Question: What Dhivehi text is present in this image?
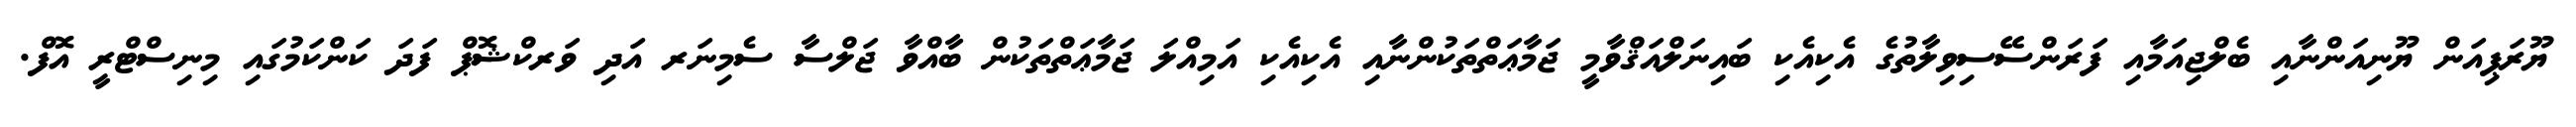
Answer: ޔޫރަޕިއަން ޔޫނިއަންނާއި ބެލްޖިއަމާއި ފަރަންސޭސިވިލާތުގެ އެކިއެކި ބައިނަލްއަޤްވާމީ ޖަމާޢަތްތަކުންނާއި އެކިއެކި އަމިއްލަ ޖަމާޢަތްތަކުން ބާއްވާ ޖަލްސާ ސެމިނަރ އަދި ވަރކްޝޮޕް ފަދަ ކަންކަމުގައި މިނިސްޓްރީ އޮފް.